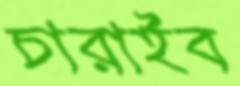
চারাইব